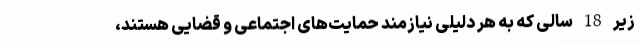
زیر 18 سالی که به هر دلیلی نیازمند حمایت‌های اجتماعی و قضایی هستند،